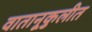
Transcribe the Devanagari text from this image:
वातानूकुलीत